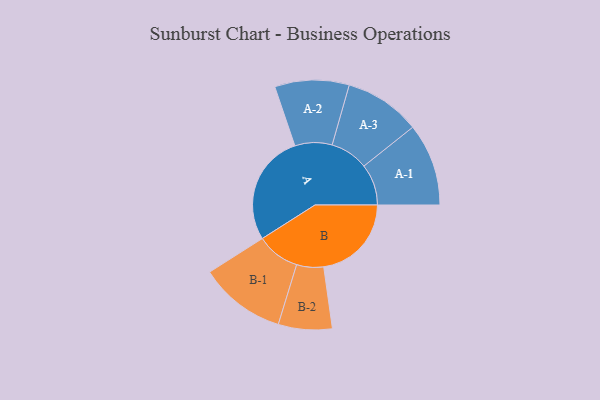
{"axis": {"x": "Segment", "y": "Value"}, "legend": ["", "A", "B"], "data": [{"x": "A", "y": 487, "type": ""}, {"x": "B", "y": 385, "type": ""}, {"x": "A-1", "y": 181, "type": "A"}, {"x": "A-2", "y": 163, "type": "A"}, {"x": "A-3", "y": 167, "type": "A"}, {"x": "B-1", "y": 190, "type": "B"}, {"x": "B-2", "y": 118, "type": "B"}]}